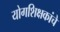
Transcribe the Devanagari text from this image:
योगशिक्षकांचे